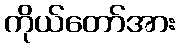
ကိုယ်တော်အား